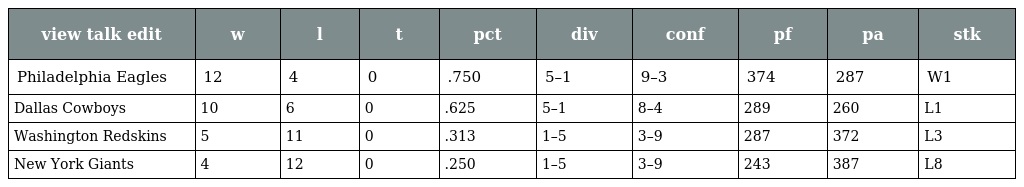
| view talk edit | w | l | t | pct | div | conf | pf | pa | stk |
 | --- | --- | --- | --- | --- | --- | --- | --- | --- | --- |
 | Philadelphia Eagles | 12 | 4 | 0 | .750 | 5–1 | 9–3 | 374 | 287 | W1 |
 | Dallas Cowboys | 10 | 6 | 0 | .625 | 5–1 | 8–4 | 289 | 260 | L1 |
 | Washington Redskins | 5 | 11 | 0 | .313 | 1–5 | 3–9 | 287 | 372 | L3 |
 | New York Giants | 4 | 12 | 0 | .250 | 1–5 | 3–9 | 243 | 387 | L8 |